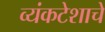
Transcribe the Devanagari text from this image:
व्यंकटेशाचे